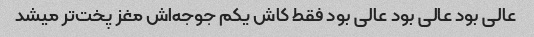
عالی بود عالی بود عالی بود فقط کاش یکم جوجه‌اش مغز پخت‌تر میشد